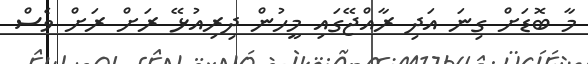
މާ ބޮޑަށް ގިނަ އަދި ރާއްޖޭގައި މީހުން ދިރިއުޅޭ ރަށް ރަށް ވެސް